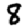
Digit: 8